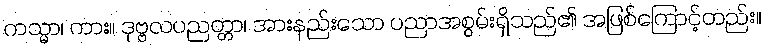
ကသ္မာ၊ ကား။ ဒုဗ္ဗလပညတ္တာ၊ အားနည်းသော ပညာအစွမ်းရှိသည်၏ အဖြစ်ကြောင့်တည်း။